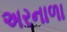
અરનાળા